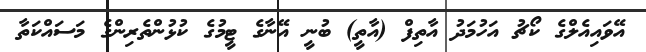
އޭވައިއެލްގެ ކޯޗު އަހުމަދު އާތިފް (އާތީ) ބުނީ އޭނާގެ ޓީމުގެ ކުޅުންތެރިންގެ މަސައްކަތާ